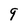
Character: 9